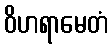
ဝိဟရာမေတံ